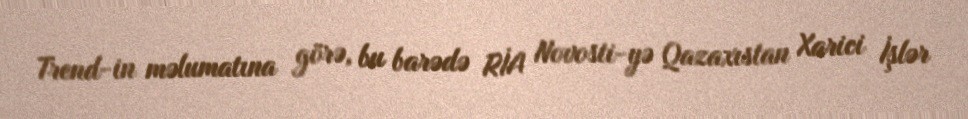
Trend-in məlumatına görə, bu barədə RİA Novosti-yə Qazaxıstan Xarici İşlər